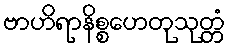
ဗာဟိရာနိစ္စဟေတုသုတ္တံ